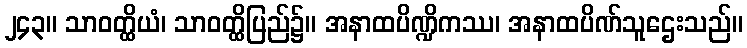
၂၄၃။ သာဝတ္ထိယံ၊ သာဝတ္ထိပြည်၌။ အနာထပိဏ္ဍိကဿ၊ အနာထပိဏ်သူဌေးသည်။